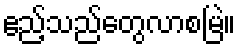
ဧည့်သည်တွေလာစမြဲ။